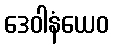
ဒေဝါနံယေဝ